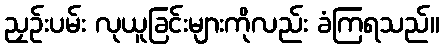
ညှဉ်းပမ်း လုယူခြင်းများကိုလည်း ခံကြရသည်။